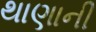
થાણાની